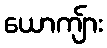
ယောကျ်ား